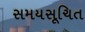
સમયસૂચિત